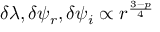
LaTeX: \delta \lambda , \delta \psi _ { r } , \delta \psi _ { i } \propto r ^ { \frac { 3 - p } { 4 } }